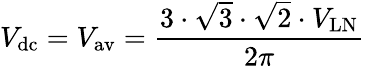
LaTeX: V_{\mathrm{dc}}=V_{\mathrm{av}}={\frac{3\cdot{\sqrt{3}}\cdot{\sqrt{2}}\cdot V_{\mathrm{LN}}}{2\pi}}